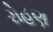
રોહણ